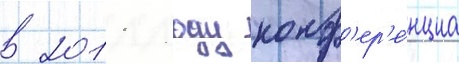
в 2011 году конф'ер'е́нциа